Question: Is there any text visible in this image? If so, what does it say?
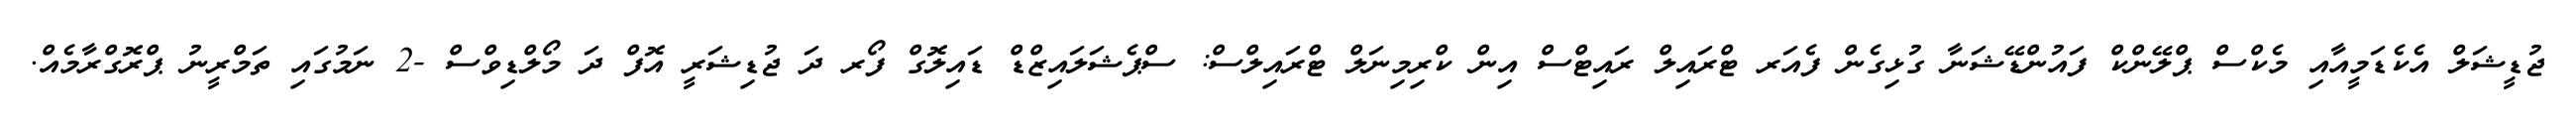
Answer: ޖުޑީޝަލް އެކެޑަމީއާއި މެކްސް ޕްލޭންކް ފައުންޑޭޝަނާ ގުޅިގެން ފެއަރ ޓްރައިލް ރައިޓްސް އިން ކްރިމިނަލް ޓްރައިލްސް: ސްޕެޝަލައިޒްޑް ޑައިލޮގް ފޯރ ދަ ޖުޑިޝަރީ އޮފް ދަ މޯލްޑިވްސް -2 ނަމުގައި ތަމްރީނު ޕްރޮގްރާމެއް.